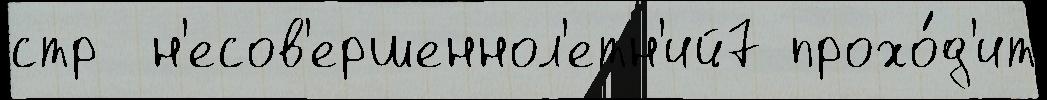
стр  н'есов'ершеннол'етн'ий7 прохо́д'ит